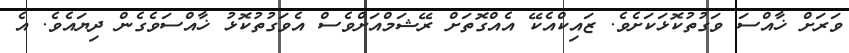
ވަރަށް ޚާއްސަ ވަގުތުކޮޅަކަށެވެ. ޒައިކްއެކޭ އެއްގޮތަށް ރޭޝަމްއަށްވެސް އެވަގުތުކޮޅު ޚާއްސަވެގެން ދިޔައެވެ. އެ